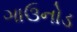
ગાઉનોડ